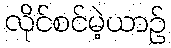
လိုင်စင်မဲ့ယာဉ်